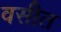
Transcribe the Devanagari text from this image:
वसीत